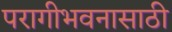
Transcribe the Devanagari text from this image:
परागीभवनासाठी